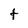
Character: t